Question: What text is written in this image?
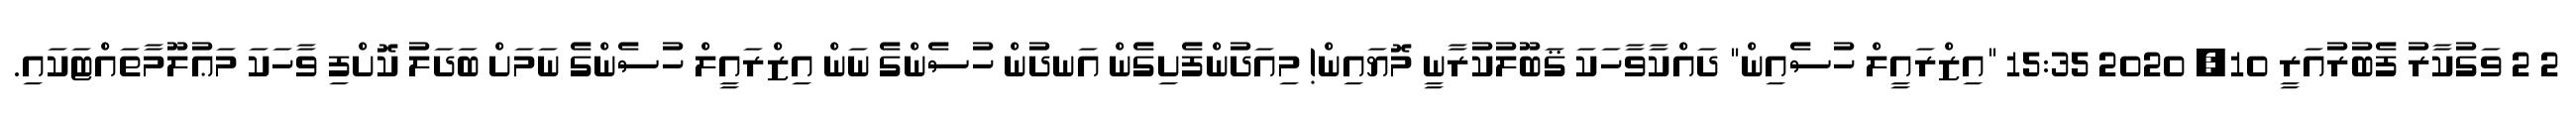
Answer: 2 2 ވަގުކާރު ފެބުރުއަރީ 10, 2020 15:35 "އިޒްރައީލް ހުސެއިން" ދައްކާވާހަކަ ޤަބޫލުކުރާނީ މޮޔައިން! މިއަދުންފެށިގެން އަނދުން ހުސެންގެ ނަން އިޒްރައީލް ހުސެންގެ ނަމަށް ބަދަލު ކޮށްފި ވާހަކަ މަޢުލޫމާތައްޓަކައި.